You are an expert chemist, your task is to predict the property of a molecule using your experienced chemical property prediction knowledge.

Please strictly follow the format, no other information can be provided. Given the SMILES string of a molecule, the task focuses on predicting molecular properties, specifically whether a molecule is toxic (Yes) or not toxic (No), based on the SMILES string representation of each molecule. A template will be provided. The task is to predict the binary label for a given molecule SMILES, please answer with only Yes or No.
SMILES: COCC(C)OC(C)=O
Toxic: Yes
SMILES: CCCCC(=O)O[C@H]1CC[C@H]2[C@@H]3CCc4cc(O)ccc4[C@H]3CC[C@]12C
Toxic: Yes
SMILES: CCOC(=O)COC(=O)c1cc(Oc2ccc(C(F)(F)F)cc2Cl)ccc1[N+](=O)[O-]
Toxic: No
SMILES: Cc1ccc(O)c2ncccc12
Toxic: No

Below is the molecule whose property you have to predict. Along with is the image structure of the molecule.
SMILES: O=c1[nH]ncc2ccccc12
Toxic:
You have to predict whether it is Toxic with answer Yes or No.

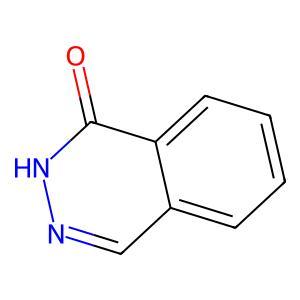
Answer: No